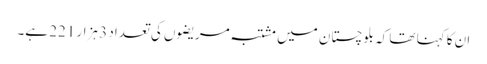
ان کا کہنا تھا کہ بلوچستان میں مشتبہ مریضوں کی تعداد 3 ہزار 221 ہے۔